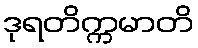
ဒုရတိက္ကမာတိ